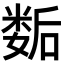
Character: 𡢐